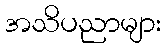
အသိပညာများ